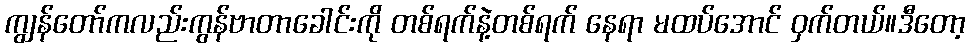
ကျွန်တော်ကလည်းကွန်ဗာတာခေါင်းကို တစ်ရက်နဲ့တစ်ရက် နေရာ မထပ်အောင် ဝှက်တယ်။ဒီတော့